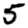
Digit: 5